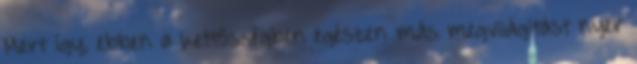
Mert így, ebben a kettősségben egészen más megvilágítást nyer